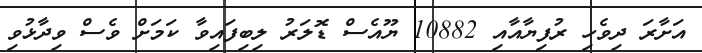
އަށާރަ ދިވެހި ރުފިޔާއާއި 10882 ޔޫއެސް ޑޮލަރު ލިބިފައިވާ ކަމަށް ވެސް ވިދާޅުވި